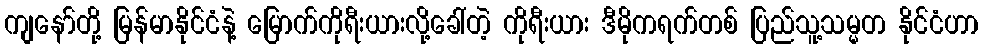
ကျနော်တို့ မြန်မာနိုင်ငံနဲ့ မြောက်ကိုရီးယားလို့ခေါ်တဲ့ ကိုရီးယား ဒီမိုကရက်တစ် ပြည်သူ့သမ္မတ နိုင်ငံဟာ